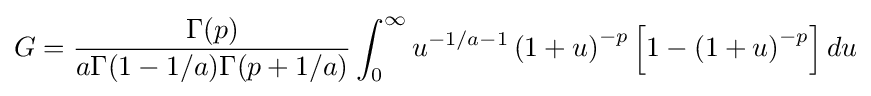
G={\frac {\Gamma (p)}{a\Gamma (1-1/a)\Gamma (p+1/a)}}\int _{0}^{\infty }u^{-1/a-1}\left(1+u\right)^{-p}\left[1-\left(1+u\right)^{-p}\right]du